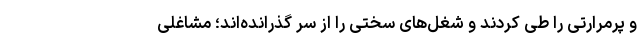
و پرمرارتی را طی کردند و شغل‌های سختی را از سر گذرانده‌اند؛ مشاغلی